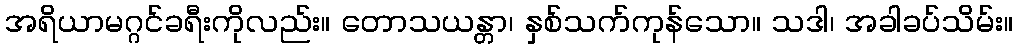
အရိယာမဂ္ဂင်ခရီးကိုလည်း။ တောသယန္တာ၊ နှစ်သက်ကုန်သော။ သဒါ၊ အခါခပ်သိမ်း။